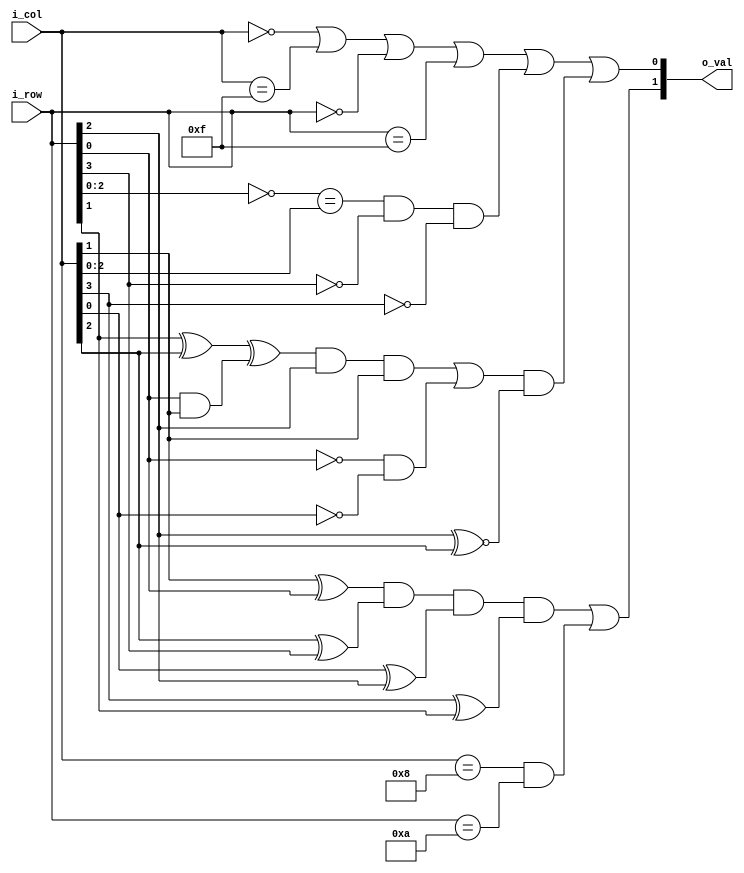
`default_nettype none
// `timescale 1ns / 1ps

module p08_map_rom #(
  parameter MAP_WBITS   = 4,
  parameter MAP_HBITS   = 4
) (
  input [MAP_WBITS-1:0] i_col,
  input [MAP_HBITS-1:0] i_row,
  output [1:0]          o_val
);

  localparam COL_COUNT = (1<<MAP_WBITS);
  localparam ROW_COUNT = (1<<MAP_HBITS);
  localparam MAX_COL = COL_COUNT-1;
  localparam MAX_ROW = ROW_COUNT-1;

  assign o_val[0] =
    i_col == 0 || i_col == MAX_COL || // Left and right borders.
    i_row == 0 || i_row == MAX_ROW || // Top and bottom borders.
      ((~i_row[2:0]==i_col[2:0]) & ~i_row[3] & ~i_col[3]) || // Diagonal in top-left corner of map.
      (((
        (i_row[1] ^ i_col[2]) ^ (i_row[0] & i_col[1])
      ) & i_row[2] & i_col[1]) | (~i_row[0]&~i_col[0]))
      & (i_row[2]^~i_col[2])
    ;

  wire f1 = i_col[3];
  wire f2 = i_col[2];
  wire f3 = i_col[1];
  wire f4 = i_col[0];

  wire a6 = i_row[3];
  wire b6 = i_row[2];
  wire c6 = i_row[1];
  wire d6 = i_row[0];

  assign o_val[1] = ((((f3^d6) & (f2^a6)) & (f4^b6)) & (f1^c6)) | (i_col==8 && i_row==10);

endmodule